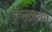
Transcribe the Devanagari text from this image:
साठल्याने